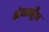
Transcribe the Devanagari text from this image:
अंधाधूँध